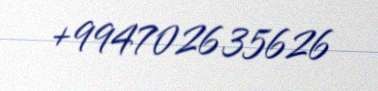
+994702635626